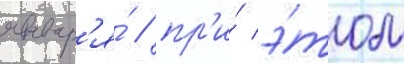
январ'я́ / пр'и́ э́том